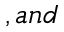
, a n d